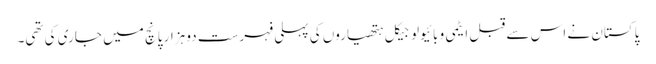
پاکستان نے اس سے قبل ایٹمی و بائیولوجیکل ہتھیاروں کی پہلی فہرست دو ہزار پانچ میں جاری کی تھی۔